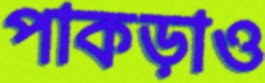
পাকড়াও